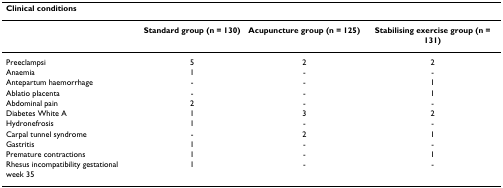
| Clinical conditions |  |  |  |
 | --- | --- | --- | --- |
 |  | Standard group (n = 130) | Acupuncture group (n = 125) | Stabilising exercise group (n = 131) |
 | Preeclampsi | 5 | 2 | 2 |
 | Anaemia | 1 | - | - |
 | Antepartum haemorrhage | - | - | 1 |
 | Ablatio placenta | - | - | 1 |
 | Abdominal pain | 2 | - | - |
 | Diabetes White A | 1 | 3 | 2 |
 | Hydronefrosis | 1 | - | - |
 | Carpal tunnel syndrome | - | 2 | 1 |
 | Gastritis | 1 | - | - |
 | Premature contractions | 1 | - | 1 |
 | Rhesus incompatibility gestational week 35 | 1 | - | - |